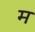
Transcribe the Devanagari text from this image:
म॔